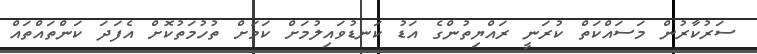
ސަރުކާރުން މަސައްކަތް ކުރަނީ ރައްޔިތުންގެ އަޑު ކަނޑުވައިލުމަށް ކަމަށް ތުހުމަތުކޮށް އެފަދަ ކަންތައްތައް